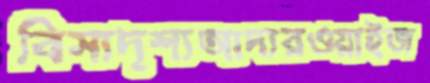
বিসাদৃশ্যআদারওয়াইজ